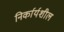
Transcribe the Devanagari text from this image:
निर्कार्यशील